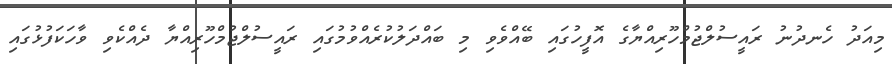
މިއަދު ހެނދުނު ރައީސުލްޖުމްހޫރިއްޔާގެ އޮފީހުގައި ބޭއްވެވި މި ބައްދަލުކުރެއްވުމުގައި ރައީސުލްޖުމްހޫރިއްޔާ ދެއްކެވި ވާހަކަފުޅުގައި